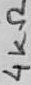
Text: 4KΩ